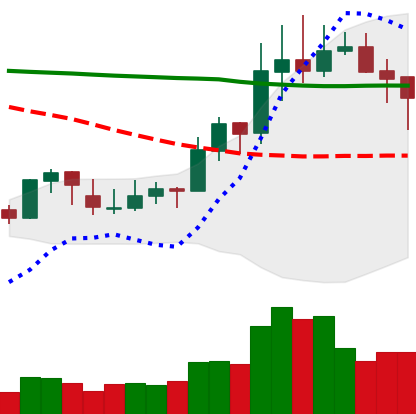
Ticker: XLM-USD
Chart end date: 2020-01-24
Forward return: 7.741%
Label: up_7plus